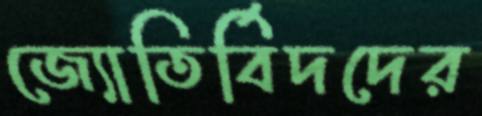
জ্যোতির্বিদদের